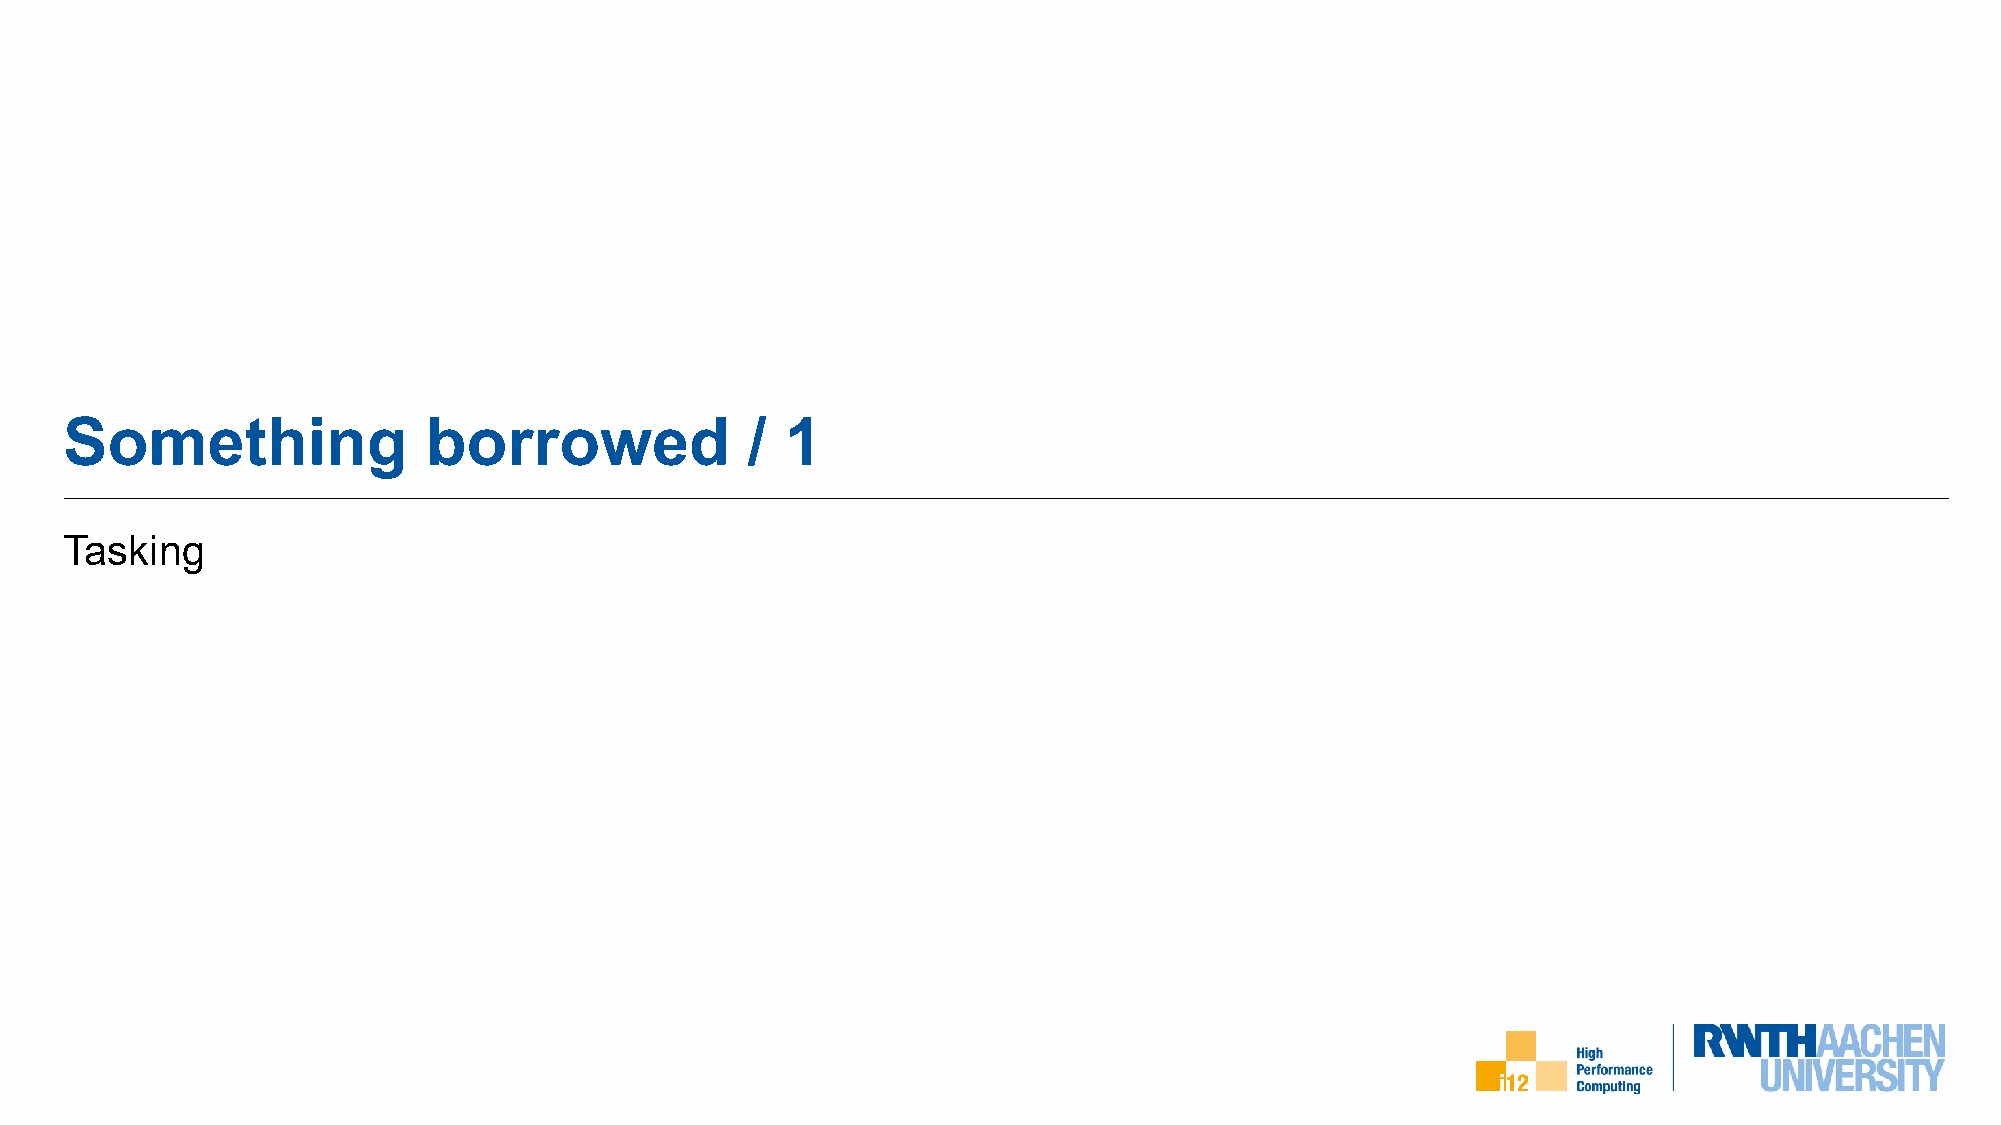
Something               borrowed             /  1
 Tasking